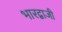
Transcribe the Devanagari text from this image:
भारद्वाजी